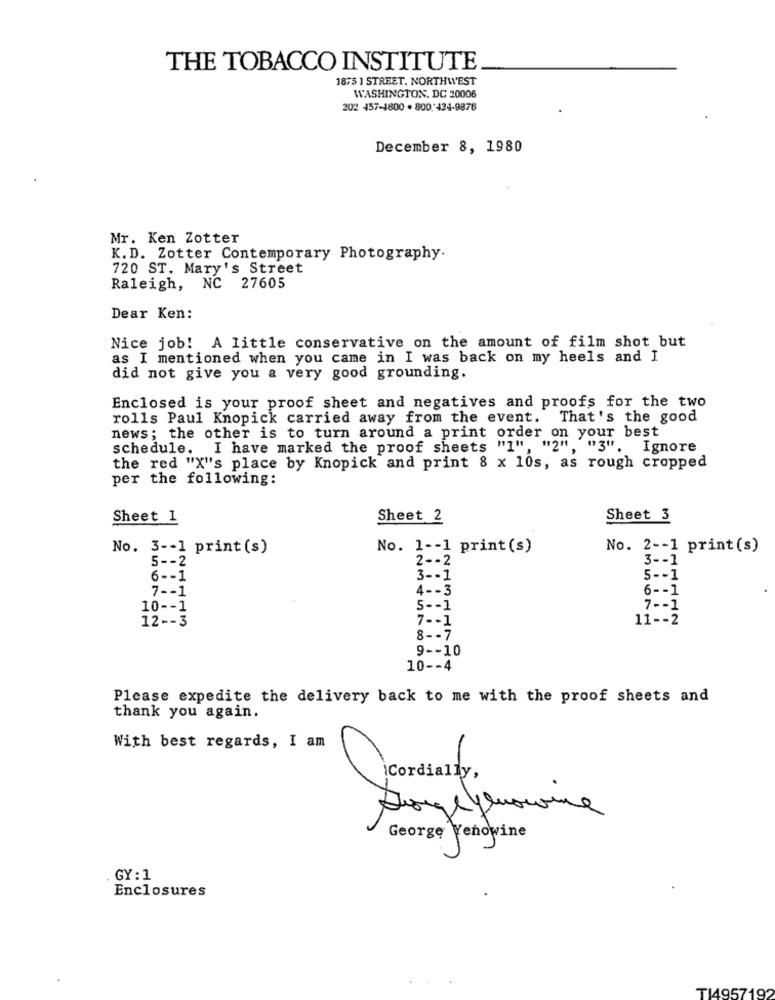
THE TOBACCO INSTITUTE
1875 1 STREET. NORTHWEST
WASHINGTON, DC 20006
202 457-1800 . 800 424-9876
December 8, 1980
Mr. Ken Zotter
K. D. Zotter Contemporary Photography.
720 ST. Mary's Street
Raleigh, NC 27605
Dear Ken:
Nice job! A little conservative on the amount of film shot but
as I mentioned when you came in I was back on my heels and I
did not give you a very good grounding.
Enclosed is your proof sheet and negatives and proofs for the two
rolls Paul Knopick carried away from the event. That's the good
news; the other is to turn around a print order on your best
schedule. I have marked the proof sheets "1", "2"
""3". Ignore
the red "X"'s place by Knopick and print 8 x 10s, as rough cropped
per the following:
Sheet 1
Sheet 2
Sheet 3
No. 3 -- 1 print (s)
No. 1 -- 1 print (s)
No. 2 -- 1 print (s)
5 -- 2
3 -- 1
2 -- 2
6 -- 1
3 -- 1
5 -- 1
7 -- 1
4 -- 3
6 -- 1
10 -- 1
5 -- 1
7 -- 1
12 -- 3
7 -- 1
11 -- 2
8 -- 7
9 -- 10
10 -- 4
Please expedite the delivery back to me with the proof sheets and
thank you again.
With best regards, I am
¡Cordially,
Jorge youown
e
George Yenowine
. GY : 1
Enclosures
T14957192